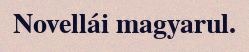
Novellái magyarul.